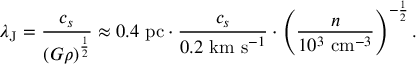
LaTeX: \lambda _ { \mathrm { J } } = { \frac { c _ { s } } { ( G \rho ) ^ { \frac { 1 } { 2 } } } } \approx 0 . 4 { \mathrm { ~ p c } } \cdot { \frac { c _ { s } } { 0 . 2 { \mathrm { ~ k m ~ s } } ^ { - 1 } } } \cdot \left( { \frac { n } { 1 0 ^ { 3 } { \mathrm { ~ c m } } ^ { - 3 } } } \right) ^ { - { \frac { 1 } { 2 } } } .